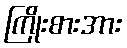
ကြိုးစားအား